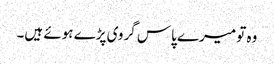
وہ تو میرے پاس گروی پڑے ہوئے ہیں۔